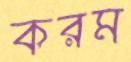
করম